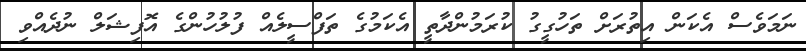
ނަމަވެސް އެކަން އިތުރަށް ތަހުގީގު ކުރަމުންދާތީ އެކަމުގެ ތަފްސީލެއް ފުލުހުންގެ އޮފިޝަލް ނުދެއްވި